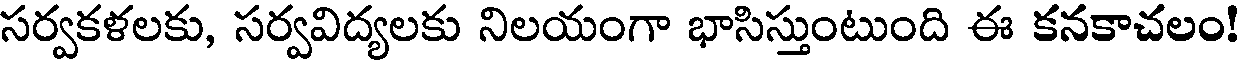
సర్వకళలకు, సర్వవిద్యలకు నిలయంగా భాసిస్తుంటుంది ఈ కనకాచలం!